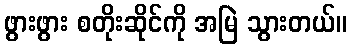
ဖွားဖွား စတိုးဆိုင်ကို အမြဲ သွားတယ်။